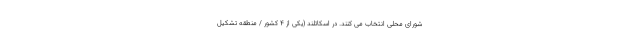
شورای محلی انتخاب می کنند. در اسکاتلند (یکی از 4 کشور / منطقه تشکیل